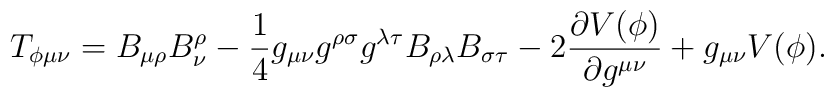
T_{\phi\mu\nu}=B_{\mu\rho}B^\rho_\nu-\frac{1}{4}g_{\mu\nu}g^{\rho\sigma}g^{\lambda\tau}B_{\rho\lambda}B_{\sigma\tau}-2\frac{\partial V(\phi)}{\partial g^{\mu\nu}}+g_{\mu\nu}V(\phi).